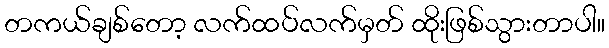
တကယ်ချစ်တော့ လက်ထပ်လက်မှတ် ထိုးဖြစ်သွားတာပါ။